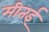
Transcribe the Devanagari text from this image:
मीतई